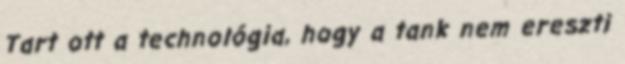
Tart ott a technológia, hogy a tank nem ereszti